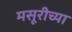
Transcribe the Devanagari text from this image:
मसूरीच्या